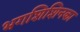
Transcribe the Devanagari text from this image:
भगशिशिनका